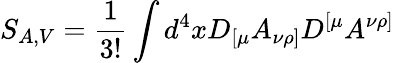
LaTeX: S_{A,V}=\frac{1}{3!}\int d^{4}xD_{[\mu}A_{\nu\rho]}D^{[\mu}A^{\nu\rho]}